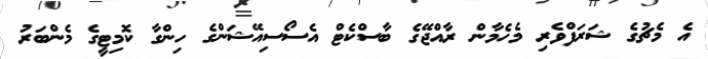
އެ މެޗުގެ ޝަރަފްވެރި މެހެމާން ރާއްޖޭގެ ބާސްކެޓް އެސޯސިއޭޝަންގެ ހިންގާ ކޮމިޓީގެ މެންބަރު